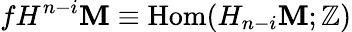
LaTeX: fH^{n-i}\mathbf{M}\equiv\mathrm{{Hom}}(H_{n-i}\mathbf{M};\mathbb{{Z}})